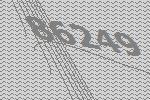
86249